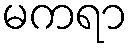
မကရာ